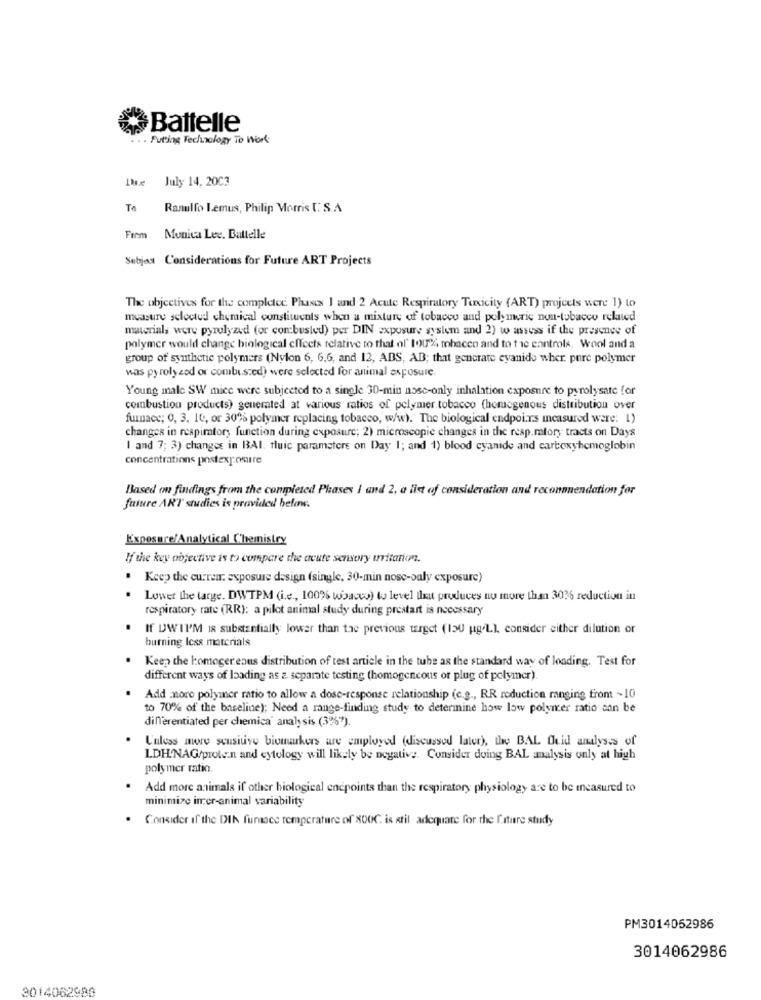
Battelle
. . Putting Technology To Work
July 14, 2003
To
Ranulfo Lemus, Philip Morris [.S.A
From
Monica Lee. Battelle
Sebjat Considerations for Future ART Projects
The objectives for the completec. Phases 1 and 2 Acute Respiratory Toxicity (ART) projects were 1) to
muasure selected chemical constituents when a mixture of tobacco and poly meric non-tobacco related
materials were pyrulyzed (or combusted) per DIN exposure system and 2) to assess if the presence of
polymer would change binlogical effects relative to that of' 100% tohacen and to the controls. Wool and a
group of synthetic polymers (Nylon 6, 6,6, and 12, ABS, AB; that generate cyanide wher. pure polymer
was py roly zed or combi.szed) were selected for animal exposure.
Young male SW mice were subjected to a single 30-min nose-only inhalation exposure to pyrolysate for
combustion products) generated at various ratios of polymer tobacco (homogenous distribution over
furnace; 0, 3. 16, or 30% polymer replacing tobacco, w/w). The biological endpoirs measured were: 1)
changes in respirator, function during exposure; 2) microscopie changes in the resp.matory tracts on Days
I and 7; 3) changes in BAI. fluic parametere on Day I; and 1) blood cyanide and carboxyhemoglobin
concentrations postexposure
Based on findings from the completed Phases 1 and 2, a list of consideration and reconnuendation for
future ART studies is provided below.
Exposure/Analytical Chemistry
If the key objective is to compare the acute sensory uritation.
. Keep the curren: exposure design (single, 30-min nosc-ouly exposure)
Lower the large. DWTPM (i.e ., 100% tobacco) to level Ilat produces nu more than 3026 reduction in
respiratory rate (RR): a pilot animal study during prestart is necessary
If UWII'M is substantially lower than the previous target (13U ug/L), consider either dilution or
burning Icss materials
Keep the homogeneous distribution of test article in the tube as the standard way of loading. Test for
different ways of loading as 2. separate testing (homogeneous or plug of polymer).
Add nore polymer ratio to allow a dose-response relationship (e.g ., RR reduction ranging from ~10
to 70% of the baseline); Need a range-finding study to determine how low polymer ratio can be
differentiated per chemica' analysis (3%*).
Unless more seusitive biomarkers are employed (discussed later), the BAL Chid analyses of
LDH.NAG/protein and cytology will likely be negative. Consider doing BAL malysis only at high
polymer ratio
Add more animals if other biological endpoints than the respiratory physiology are to be measured to
minimize iner-animal variability
. Consider if the DIN furnace temperature of XDOC. is atil adequate for the fature study
PM3014052986
3014062986
3014062980